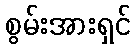
စွမ်းအားရှင်